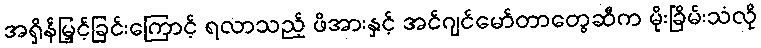
အရှိန်မြှင့်ခြင်းကြောင့် ရလာသည့် ဖိအားနှင့် အင်ဂျင်မော်တာတွေဆီက မိုးခြိမ်းသံလို